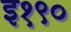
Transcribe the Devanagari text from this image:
इ१९०